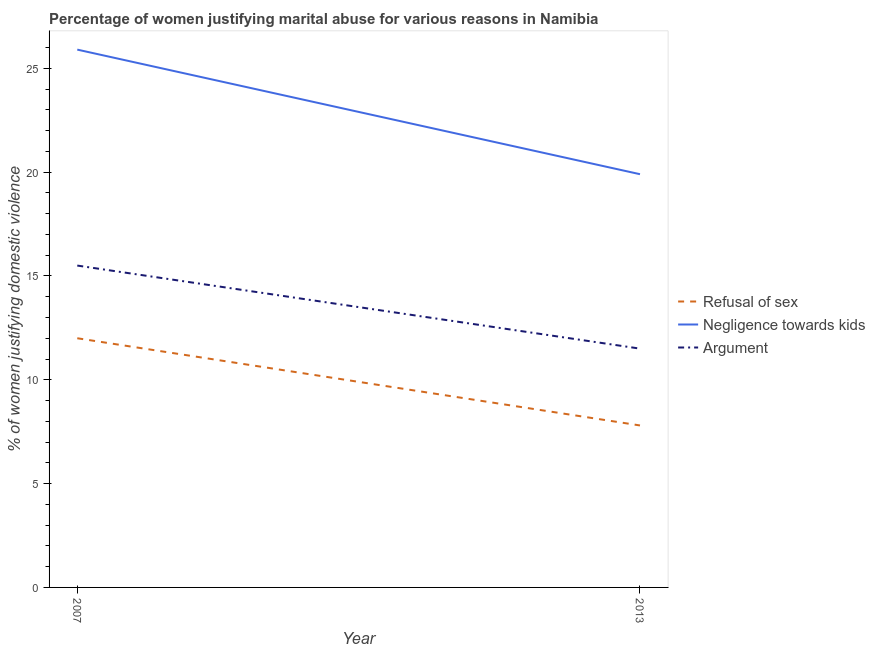
| Year | Refusal of sex | Negligence towards kids | Argument |
 | --- | --- | --- | --- |
 | 2007 | 12 | 25.9 | 15.5 |
 | 2013 | 7.8 | 19.9 | 11.5 |